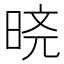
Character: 𬀸